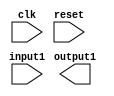
module Test(
    /*[Clock]*/
    input clk,

    /*[Reset]*/
    input reset,

    input input1,

    output output1
);


/*[Previous]*/
/*<>*//*[$input1.previous]*/
reg p1_input1;
/*<>*/always@(posedge clk) begin
/*<>*/    if(reset)
/*<>*/        p1_input1 <= 0;
/*<>*/    else
/*<>*/        p1_input1 <= input1;
/*<>*/end

endmodule